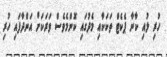
ހުރި ލުއި ކާނާ ޕެކެޓް ތަކަކާއި މެދުގައި ކޮންމެވެސް ވަރަކަށް އަންދާފައި ހުރި